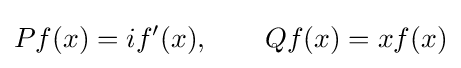
Pf(x)=if'(x),\qquad Qf(x)=xf(x)